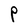
Character: P